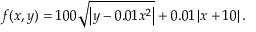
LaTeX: f ( x , y ) = 1 0 0 { \sqrt { \left| y - 0 . 0 1 x ^ { 2 } \right| } } + 0 . 0 1 \left| x + 1 0 \right| . \quad